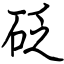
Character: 砭